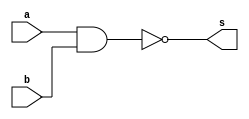
//-----------------------------
// Nome: Caio Ragacci Pimentel
// Matrcula: 405794
//-----------------------------



//-----------------------------
//------ GUIA 02 - 02----------
//-----------------------------


module portaNAND (s, a, b);
	
	output s;
	input  a, b;
	
	assign s = ~(a & b);
	
endmodule // fim portaNAND


module testeportaNOR ;

	reg  a ,b;
	wire s1 ,s2, s3, s4;
	
	portaNAND NAND1(s1 ,a ,a);
	portaNAND NAND2(s2, b ,b);
	portaNAND NAND3(s3 ,s1,s2);
	portaNAND NAND4(s4 ,s3,s3);
	
	//programa
	
	initial begin 
	
		$display("\n Guia 02 - Caio Ragacci Pimentel - 405794 ");
		$display("\n Tabela - Verdade da Porta NOR");
		$display("\n ~(A | B) = S\n");
		
		
	#1	a = 0; b = 0;	
		$monitor(" ~(%b | %b) = %b", a, b, s4);	
	#1	a = 0; b = 1;
	
	#1	a = 1; b = 0;
	
	#1	a = 1; b = 1;
			
	end

endmodule // fim testeportaNOR